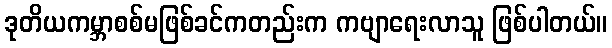
ဒုတိယကမ္ဘာစစ်မဖြစ်ခင်ကတည်းက ကဗျာရေးလာသူ ဖြစ်ပါတယ်။